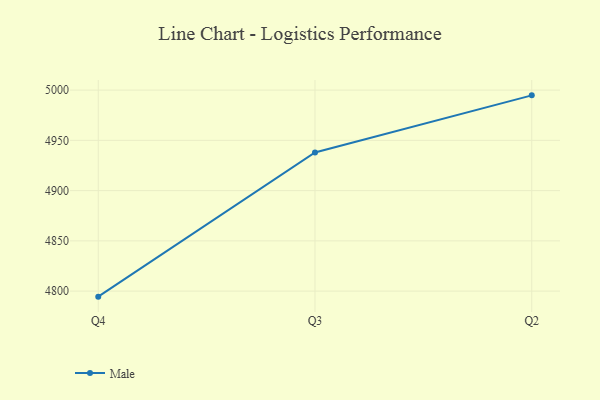
{"axis": {"x": "Quarter", "y": "Conversion Rate (%)"}, "legend": ["Male"], "data": [{"x": "Q4", "y": 4794.5, "type": "Male"}, {"x": "Q3", "y": 4937.9, "type": "Male"}, {"x": "Q2", "y": 4994.8, "type": "Male"}]}